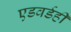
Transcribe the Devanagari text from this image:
एडवर्डही